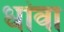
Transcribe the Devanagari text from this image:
धांवा